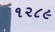
૧૨૮૯